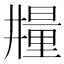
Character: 𣊼